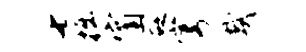
七掘窗砭穹哉